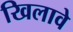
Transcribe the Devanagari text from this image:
खिलावे